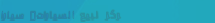
مركز لبيع السيارات: سيارا